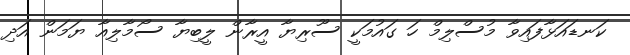
ކަނޑައަޅާފައިވާ މުސްލިމް ހަ ގައުމަކީ ސޫރިޔާ އީރާން ލީބިޔާ ސޯމާލިއާ ޔަމަން އަދި